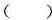
( )